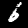
Digit: 6